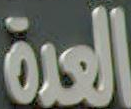
العدة